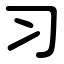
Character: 习